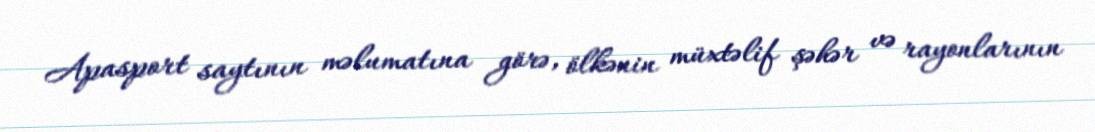
Apasport saytının məlumatına görə, ölkənin müxtəlif şəhər və rayonlarının